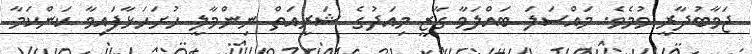
ޖަވާބުދާރީ ވުމެވެ. މައްސަލަ ބައްލަވާ ގާޒީ މިއަދުގެ ޝަރީއަތް ނިންމާލީ ހުށަހަޅާފައިވާ ކަންކަމާ